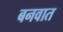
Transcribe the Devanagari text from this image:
बनवात